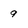
Character: 9